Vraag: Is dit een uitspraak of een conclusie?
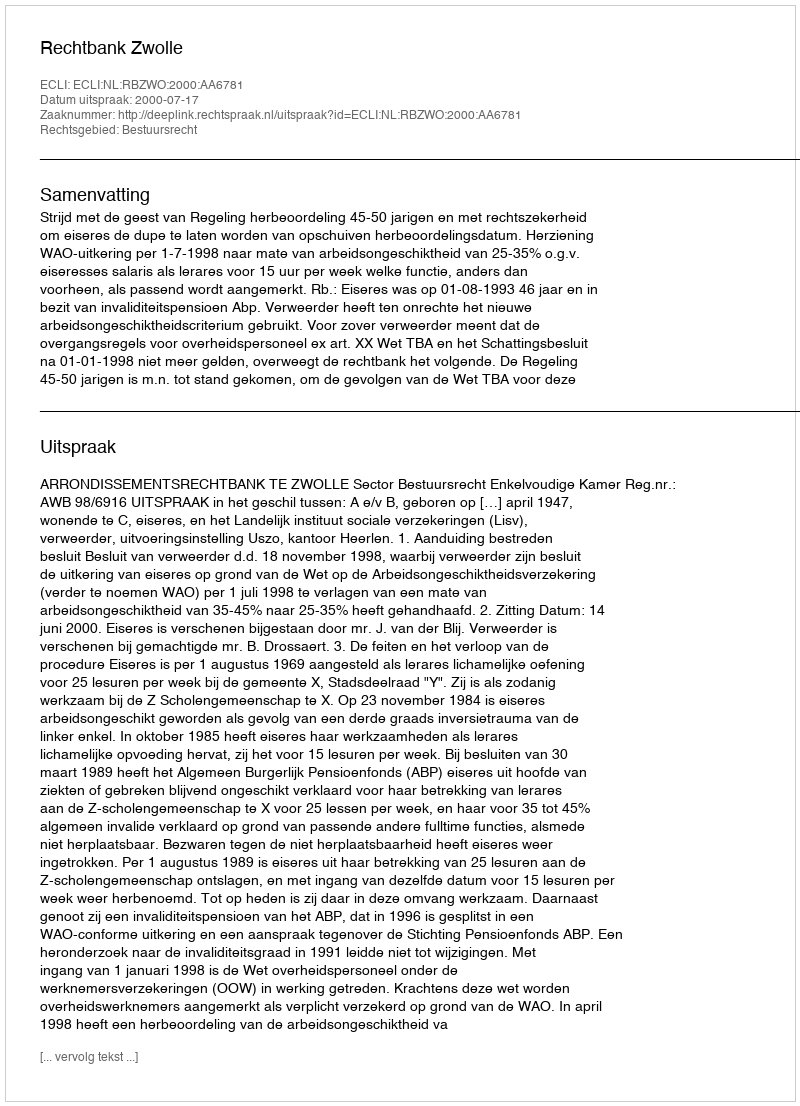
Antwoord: Uitspraak